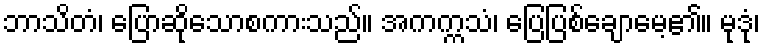
ဘာသိတံ၊ ပြောဆိုသောစကားသည်။ အကက္ကသံ၊ ပြေပြစ်ချောမေ့၏။ မုဒုံ၊